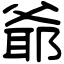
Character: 爺